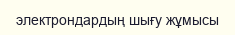
электрондардың шығу жұмысы